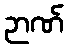
ဉာဏ်